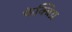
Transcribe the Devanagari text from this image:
फेक्त्रिय्र